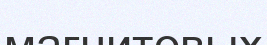
магнитовых